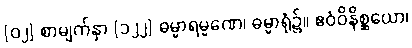
[၀၂] စာမျက်နှာ [၁၂၂] ဓမ္မာရမ္မဏေ၊ ဓမ္မာရုံ၌။ ဧဝံဝိနိစ္ဆယော၊